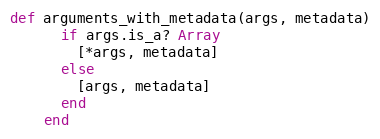
Language: Ruby
def arguments_with_metadata(args, metadata)
      if args.is_a? Array
        [*args, metadata]
      else
        [args, metadata]
      end
    end